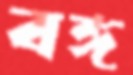
বঙ্গ